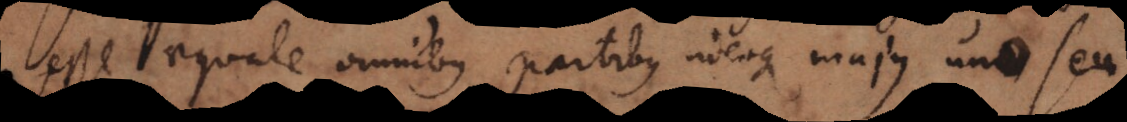
esse aequale omnibus partibus ideoque majus una uno